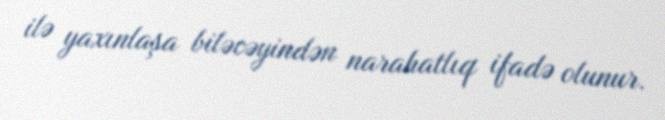
ilə yaxınlaşa biləcəyindən narahatlıq ifadə olunur.